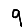
Digit: 9